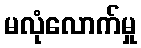
မလုံလောက်မှု